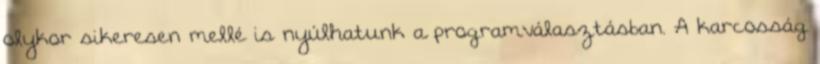
olykor sikeresen mellé is nyúlhatunk a programválasztásban. A karcosság